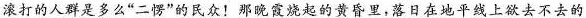
滚打的人群是多么“二愣”的民众!那晚霞烧起的黄昏里,落日在地平线上欲去不去的